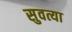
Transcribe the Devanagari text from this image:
सुवत्या